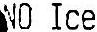
NO ICE